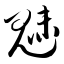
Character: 魅